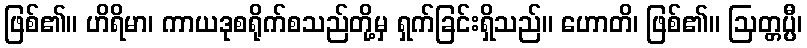
ဖြစ်၏။ ဟိရိမာ၊ ကာယဒုစရိုက်စသည်တို့မှ ရှက်ခြင်းရှိသည်။ ဟောတိ၊ ဖြစ်၏။ ဩတ္တပ္ပီ၊